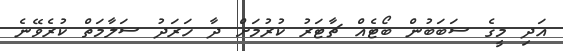
އަދި މީގެ ސަބަބުން ބޯޓެއް ޗާޓަރު ކުރުމަށް ދާ ހަރަދު ސަލާމަތް ކުރެވޭނެ